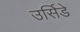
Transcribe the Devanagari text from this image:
उर्सिडे